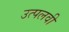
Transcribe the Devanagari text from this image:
उत्पलवी